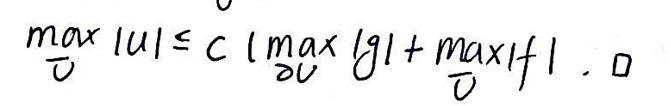
\[
\max_{\overline{U}} |u| \leq c \left(\max_{\partial U} |g| + \max_{\overline{U}} |f|\right).
\]